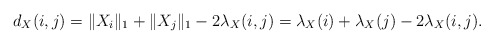
\begin{align*}d_X(i,j)&=\|X_i\|_1+\|X_j\|_1-2\lambda_X(i,j)=\lambda_X(i)+\lambda_X(j)-2\lambda_X(i,j).\end{align*}